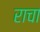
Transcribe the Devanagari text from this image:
राचा